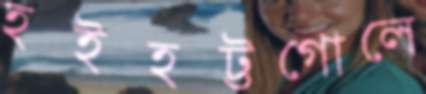
হইহট্টগোলে